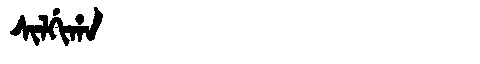
Manchu: ᠰᡳᠯᡤᡳᡥᠠ
Romanization: SILGIHA